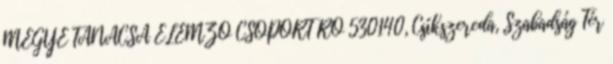
MEGYE TANÁCSA ELEMZŐ CSOPORT RO 530140, Csíkszereda, Szabadság Tér